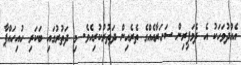
އެއްދުވަހަކު އެ ދެމަފިރިން ސަހަރާއެއްގެ ތެރެއިން ދަތުރުކުރިއެވެ. މި ދަތުރުގައި ބަކަރި ހުއިހައްޕާ